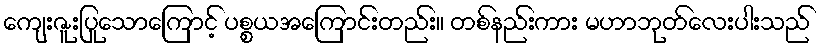
ကျေးဇူးပြုသောကြောင့် ပစ္စယအကြောင်းတည်း။ တစ်နည်းကား မဟာဘုတ်လေးပါးသည်